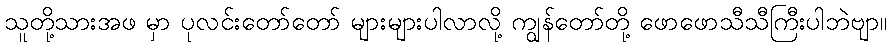
သူတို့သားအဖ မှာ ပုလင်းတော်တော် များများပါလာလို့ ကျွန်တော်တို့ ဖောဖောသီသီကြီးပါဘဲဗျာ။